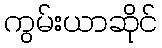
ကွမ်းယာဆိုင်